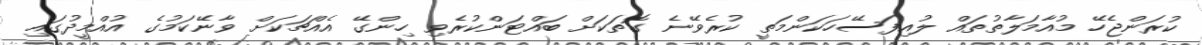
ކުރަންޖެހޭ މުއާމަލާތުތައް ލުއިފަސޭހަކަންމަތީ ކުރެވޭނެ ގޮތަކަށް ބައްޓަންކުރެވި ހިންގޭ އެއްޗަކަށް ވާނޭކަމުގެ އުއްމީދުގައި